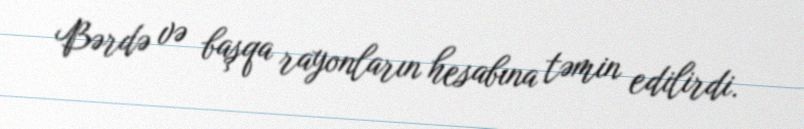
Bərdə və başqa rayonların hesabına təmin edilirdi.